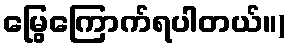
မြွေကြောက်ရပါတယ်။)